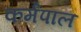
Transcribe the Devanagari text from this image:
कर्मपाल